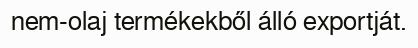
nem-olaj termékekből álló exportját.